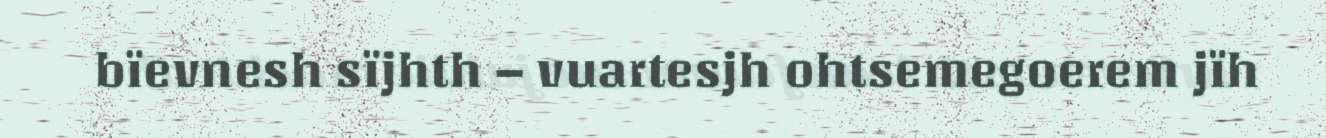
bïevnesh sïjhth – vuartesjh ohtsemegoerem jïh